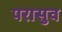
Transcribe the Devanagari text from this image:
परासुव